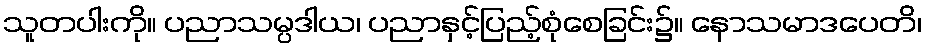
သူတပါးကို။ ပညာသမ္ပဒါယ၊ ပညာနှင့်ပြည့်စုံစေခြင်း၌။ နောသမာဒပေတိ၊